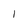
Character: I